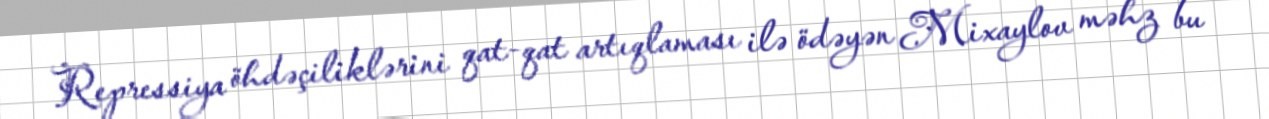
Repressiya öhdəçiliklərini qat-qat artıqlaması ilə ödəyən Mixaylov məhz bu